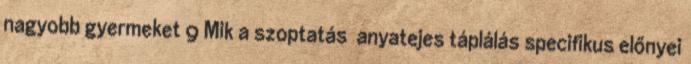
nagyobb gyermeket 9 Mik a szoptatás anyatejes táplálás specifikus előnyei